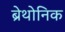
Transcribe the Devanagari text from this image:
ब्रेथोनिक